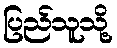
ပြည်သူသို့